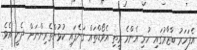
އެފަހަރު ބާޒާރުގައި ހުރި އެންމެ ރީތި އެވޯޑްތައް ގަނެފައި ކުޅުންތެރިންނަށް ދެނީ އެވެ.